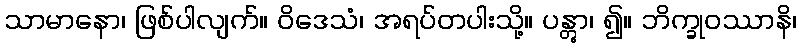
သာမာနော၊ ဖြစ်ပါလျက်။ ဝိဒေသံ၊ အရပ်တပါးသို့။ ပန္တွာ၊ ၍။ ဘိက္ခုဝဿာနိ၊